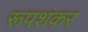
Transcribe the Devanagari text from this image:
रूपशंकर